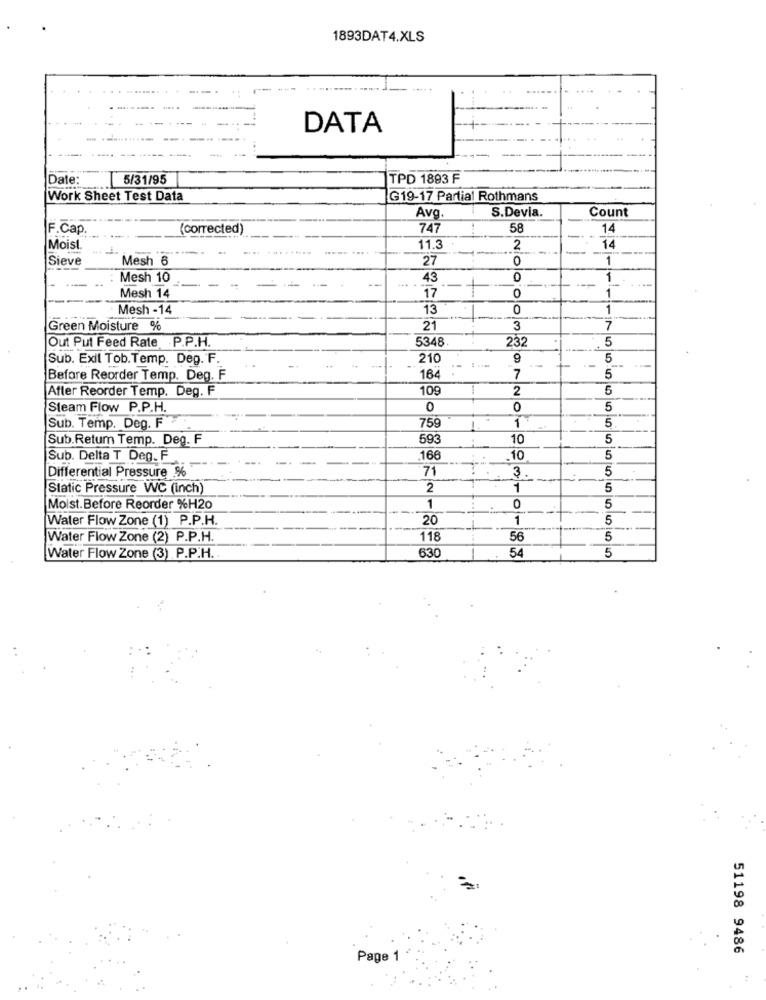
1893DAT4.XLS
DATA
Date:
5/31/95
TPD 1893 F
Work Sheet Test Data
G19-17 Partial Rothmans
Avg
S.Devia.
Count
F.Cap
(corrected
747
58
14
Moist.
11.3
2
14
Sieve
Mesh 6
27
0
1
Mesh 10
43
0
1
17
1
Mesh 14
0
Mesh -14
13
0
1
Green Moisture %
21
3
7
Out Put Feed Rate . P.P.H.
5348
232
5
Sub. Exil Tob. Temp. Deg. F.
210
9
5
164
Before Reorder Temp. Deg. F
7
5
After Reorder Temp. Deg. F
109
2
5
Steam Flow P.P.H.
0
0
5
759
1
5
Sub. Temp. Deg. F.
Sub.Retum Temp. Deg. F
593
10
5
Sub. Delta T Deg. F
166
10
5
Differential Pressure %
71
3
5
Static Pressure WC (inch)
2
1
5
Moist. Before Reorder %H20
1
0
5
Water Flow Zone (1) P.P.H.
20
1
5
Water Flow Zone (2) P.P.H.
118
56
5
630
54
5
Water Flow Zone (3) P.P.H.
51198 9486
Page 1
: